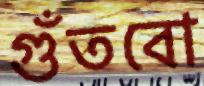
গুঁতবো